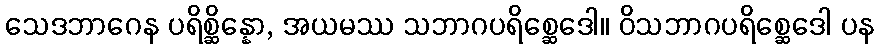
သေဒဘာဂေန ပရိစ္ဆိန္နော, အယမဿ သဘာဂပရိစ္ဆေဒေါ။ ဝိသဘာဂပရိစ္ဆေဒေါ ပန